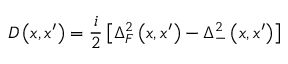
\; D \left( x , x ^ { \prime } \right) = \frac i 2 \left[ \Delta _ { F } ^ { 2 } \left( x , x ^ { \prime } \right) - \Delta _ { - } ^ { 2 } \left( x , x ^ { \prime } \right) \right]